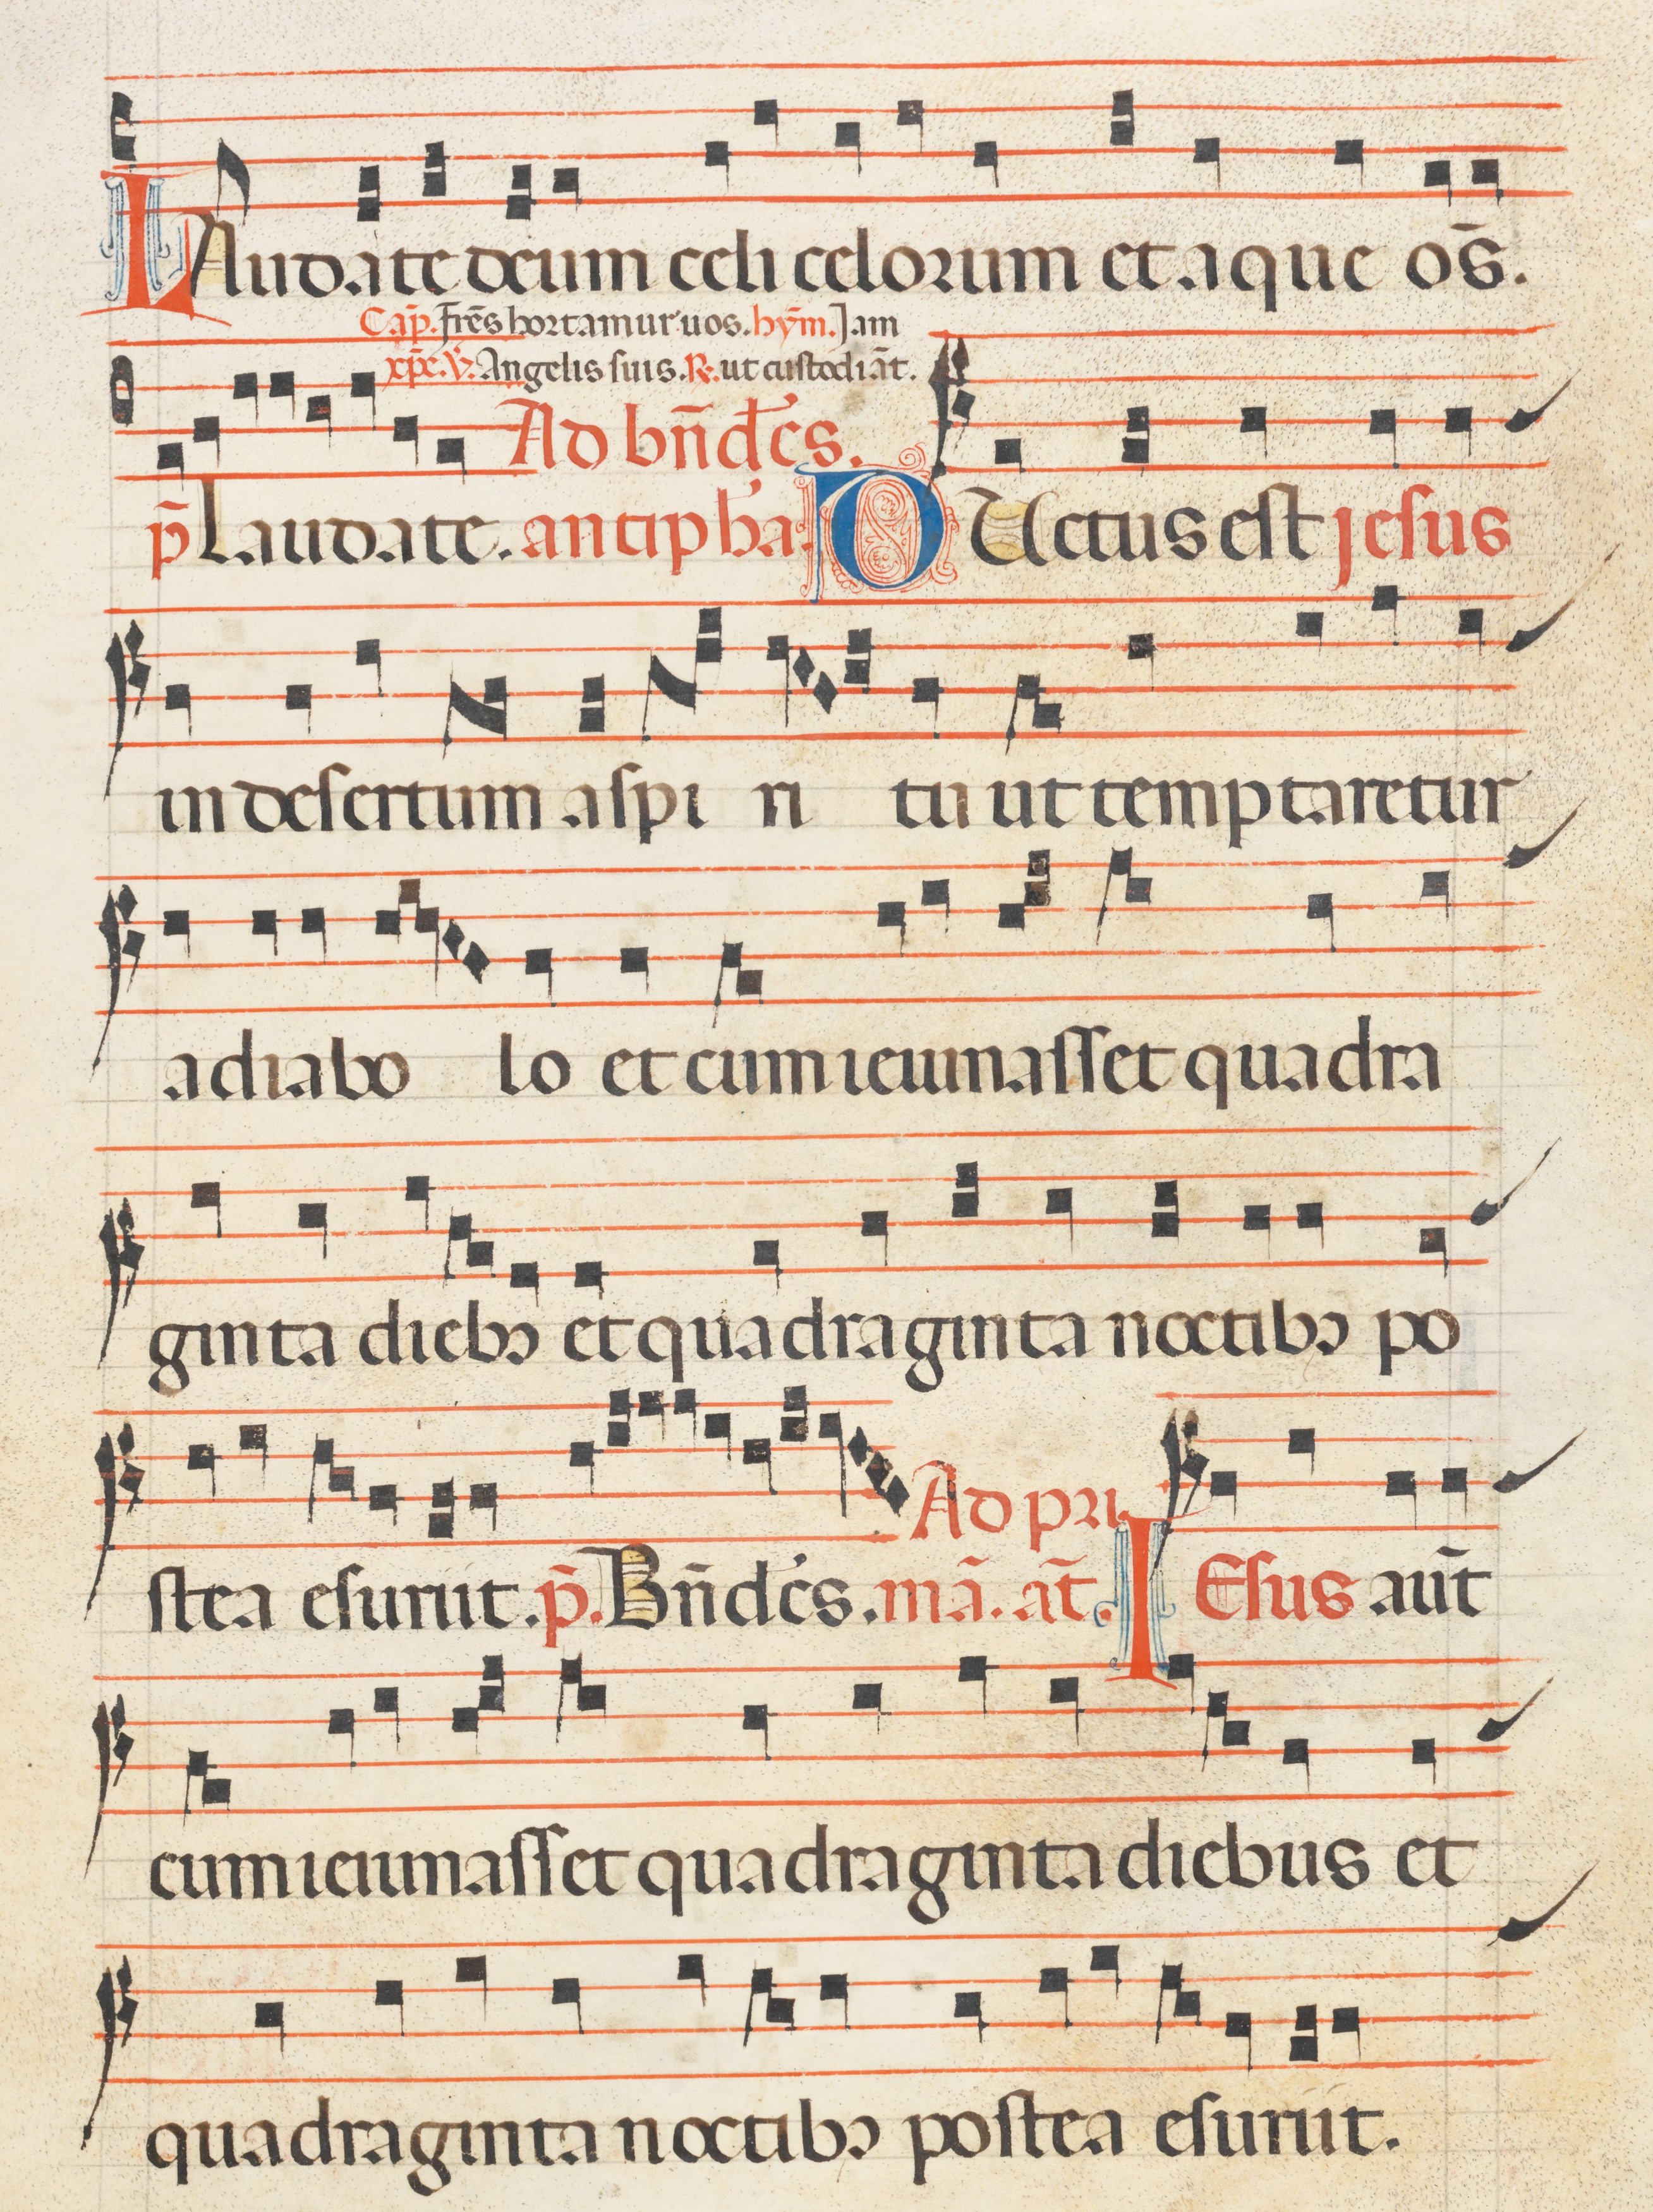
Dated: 1300–1330